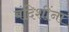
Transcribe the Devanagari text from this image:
बंदिशींना